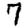
Digit: 7